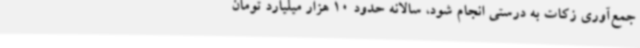
جمع‌آوری زکات به درستی انجام شود، سالانه حدود 10 هزار میلیارد تومان